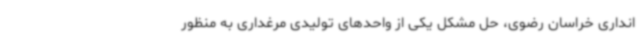
انداری خراسان رضوی، حل مشکل یکی از واحدهای تولیدی مرغداری به منظور